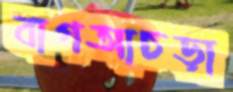
বাগআচড়া